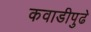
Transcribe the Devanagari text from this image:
कवाडीपुढे